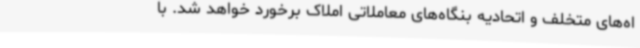
اه‌های متخلف و اتحادیه بنگاه‌های معاملاتی املاک برخورد خواهد شد. با